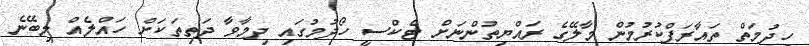
ހިދުމަތް ތައާރަފްކުރުމުން މާލޭގެ ރައްޔިތުންނަށް ޓެކްސީ ހޯދުމުގައި ދިމާވާ ދަތިތަކަށް ހައްލެއް ލިބޭނެ